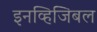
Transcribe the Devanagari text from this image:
इनव्हिजिबल